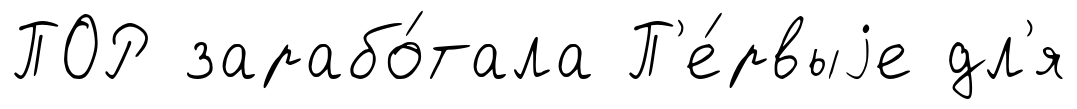
ПОР зарабо́тала П'е́рвыjе дл'я